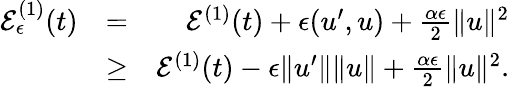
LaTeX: \begin{array}{rlr}{{\cal E}_{\epsilon}^{(1)}(t)}&{=}&{{\cal E}^{(1)}(t)+\epsilon(u^{\prime},u)+\frac{\alpha\epsilon}{2}\| u\| ^{2}}\\ &{\geq}&{{\cal E}^{(1)}(t)-\epsilon\| u^{\prime}\| \| u\| +\frac{\alpha\epsilon}{2}\| u\| ^{2}.}\end{array}